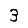
Digit: 3